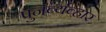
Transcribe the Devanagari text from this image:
पुनर्व्यव्हार